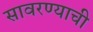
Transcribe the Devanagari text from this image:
सावरण्याची